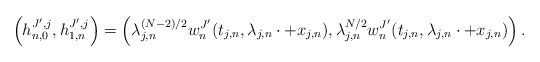
\begin{align*}\left (h_{n,0}^{J',j}, h_{1,n}^{J',j} \right ) = \left ( \lambda_{j,n}^{(N-2)/2} w^{J'}_n (t_{j,n} , \lambda_{j,n} \cdot + x_{j,n}), \lambda_{j,n}^{N/2} w^{J'}_n (t_{j,n}, \lambda_{j,n} \cdot + x_{j,n} ) \right ).\end{align*}